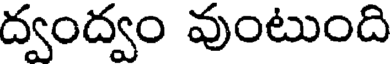
ద్వంద్వం వుంటుంది